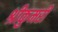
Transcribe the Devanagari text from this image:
श्रीकुमरी